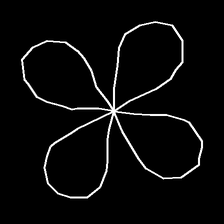
Glyph: billowing